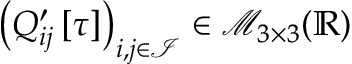
\left( Q _ { i j } ^ { \prime } \left[ \tau \right] \right) _ { i , j \in \mathcal { I } } \in \mathcal { M } _ { 3 \times 3 } ( \mathbb { R } )